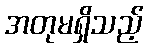
အတုမရှိသည့်